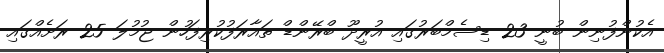
އެކުންފުނިން ބުނީ 23 ޑިސެމްބަރުގައި އުރީދޫ ބްރޭންޑް ތައާރަފުކުރިފަހުން ޖުމުލަ 25 ރަށެއްގައި